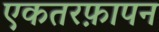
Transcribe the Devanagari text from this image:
एकतरफ़ापन